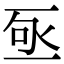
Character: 𬼿